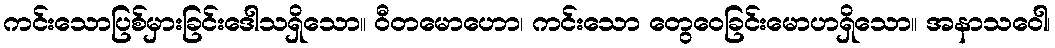
ကင်းသောပြစ်မှားခြင်းဒေါသရှိသော။ ဝီတမောဟော၊ ကင်းသော တွေဝေခြင်းမောဟရှိသော။ အနာသဝေါ၊